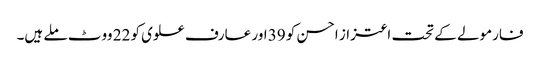
فارمولے کے تحت اعتزاز احسن کو 39 اور عارف علوی کو 22 ووٹ ملے ہیں۔